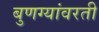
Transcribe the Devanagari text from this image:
बुणग्यांवरती